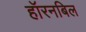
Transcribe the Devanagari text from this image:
हॉरनबिल